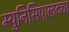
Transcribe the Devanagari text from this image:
म्युनिसिपालट्या